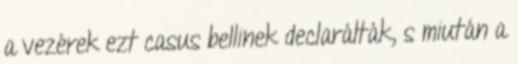
a vezérek ezt casus bellinek declarálták, s miután a